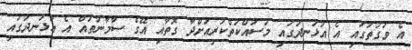
އެ ވަގުތުގައި އެ އުޅަނދުގައި މަސައްކަތްކުރިއަށްދާ ގޮތާއި އޭގެ ސާމާނުތައް އެ އުޅަނދުގައި